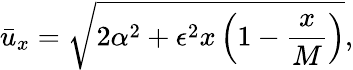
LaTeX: \bar{u}_{x}=\sqrt{2\alpha^{2}+\epsilon^{2}x\left(1-{\frac{x}{M}}\right)},